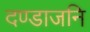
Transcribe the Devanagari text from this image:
दण्डाजनि